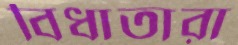
বিধাতারা